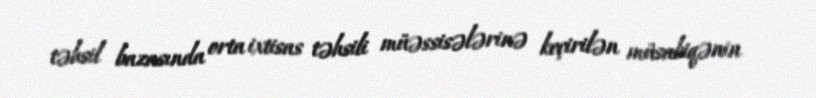
təhsil bazasında orta ixtisas təhsili müəssisələrinə keçirilən müsabiqənin